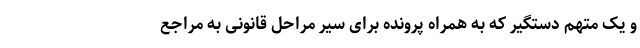
و یک متهم دستگیر که به همراه پرونده برای سیر مراحل قانونی به مراجع